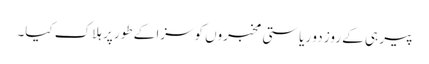
پیر ہی کے روز دو ریاستی مخبروں کوسزا کے طور پر ہلاک کیا۔